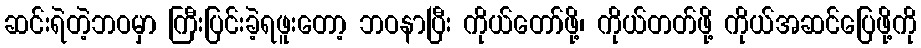
ဆင်းရဲတဲ့ဘဝမှာ ကြီးပြင်းခဲ့ရဖူးတော့ ဘဝနာပြီး ကိုယ်တော်ဖို့၊ ကိုယ်တတ်ဖို့ ကိုယ်အဆင်ပြေဖို့ကို